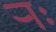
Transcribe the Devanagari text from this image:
र्‍ाः